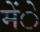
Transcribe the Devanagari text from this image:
मेंे